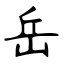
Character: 岳